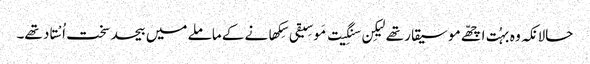
حالانکہ وہ بہُت اچھّے موسیقار تھے لیکِن سنگِیت مَوسِیقی سِکھانے کے ماملے میں بیحد سخت اُسْتاد تھے۔